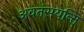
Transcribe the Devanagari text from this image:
अवतंसयन्ति